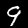
Label: 9